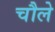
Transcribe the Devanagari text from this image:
चौले